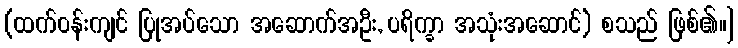
(ထက်ဝန်းကျင် ပြုအပ်သော အဆောက်အဦး, ပရိက္ခာ အသုံးအဆောင်) စသည် ဖြစ်၏။]